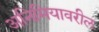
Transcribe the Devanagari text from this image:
अनिमियावरील